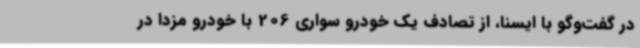
در گفت‌وگو با ایسنا، از تصادف یک خودرو سواری 206 با خودرو مزدا در